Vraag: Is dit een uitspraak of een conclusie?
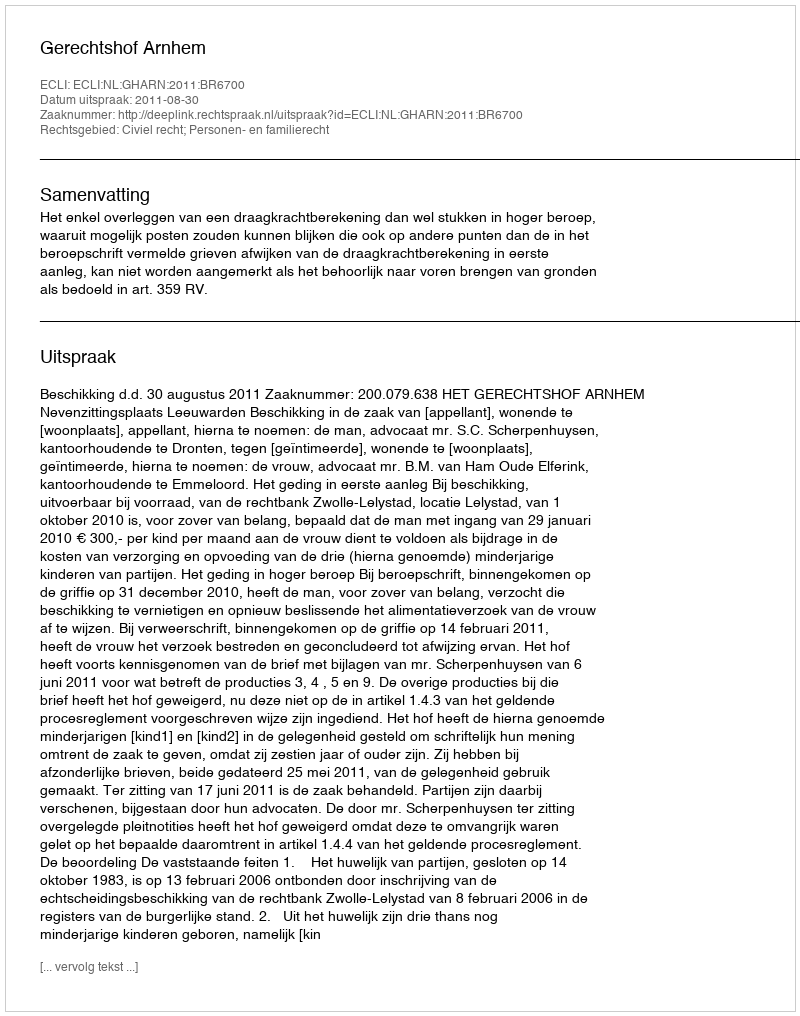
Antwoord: Uitspraak